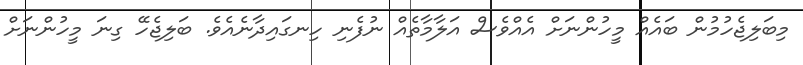
މިބަލިޖެހުމުން ބައެއް މީހުންނަށް އެއްވެސް އަލާމާތެއް ނުފެނި ހިނގައިދާނެއެވެ. ބަލިޖެހޭ ގިނަ މީހުންނަށް